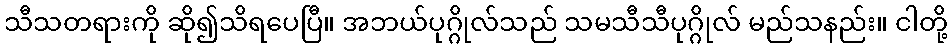
သီသတရားကို ဆို၍သိရပေပြီ။ အဘယ်ပုဂ္ဂိုလ်သည် သမသီသီပုဂ္ဂိုလ် မည်သနည်း။ ငါတို့